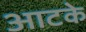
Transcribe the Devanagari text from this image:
आटके